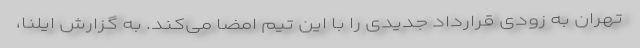
تهران به زودی قرارداد جدیدی را با این تیم امضا می‌کند. به گزارش ایلنا،